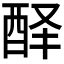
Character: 𰼅